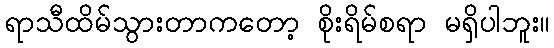
ရာသီထိမ်သွားတာကတော့ စိုးရိမ်စရာ မရှိပါဘူး။